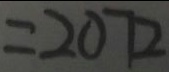
= 2 0 7 2